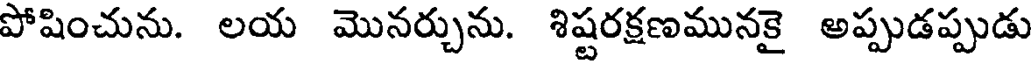
పోషించును. లయ మొనర్చును. శిష్టరక్షణమునకై అప్పుడప్పుడు